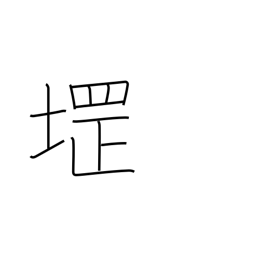
Meaning: used in place names